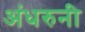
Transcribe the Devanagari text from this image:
अंधरुनी